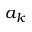
a _ { k }